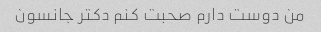
من دوست دارم صحبت کنم دکتر جانسون